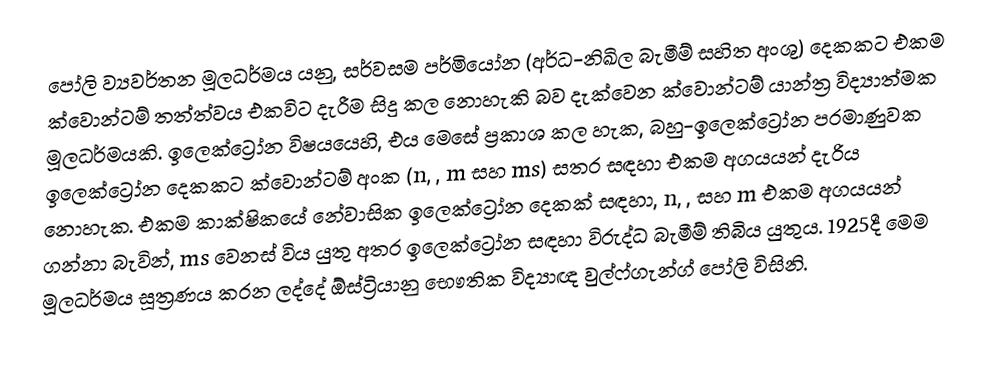
පෝලි ව්‍යවර්තන මූලධර්මය යනු,  සර්වසම පර්මියෝන (අර්ධ-නිඛිල බැමීම් සහිත අංශු) දෙකකට එකම ක්වොන්ටම් තත්ත්වය එකවිට දැරීම සිදු කල නොහැකි බව දැක්වෙන ක්වොන්ටම් යාන්ත්‍ර විද්‍යාත්මක මූලධර්මයකි. ඉලෙක්ට්‍රෝන විෂයයෙහි, එය මෙසේ ප්‍රකාශ කල හැක, බහු-ඉලෙක්ට්‍රෝන පරමාණුවක ඉලෙක්ට්‍රෝන දෙකකට ක්වොන්ටම් අංක (n, , m සහ ms) සතර සඳහා එකම අගයයන් දැරිය නොහැක. එකම කාක්ෂිකයේ නේවාසික ඉලෙක්ට්‍රෝන දෙකක් සඳහා, n, , සහ m එකම අගයයන් ගන්නා බැවින්, ms වෙනස් විය යුතු අතර ඉලෙක්ට්‍රෝන සඳහා විරුද්ධ බැමීම් තිබිය යුතුය. 1925දී මෙම මූලධර්මය සූත්‍රණය කරන ලද්දේ ඕස්ට්‍රියානු භෞතික විද්‍යාඥ වුල්ෆ්ගැන්ග් පෝලි විසිනි.